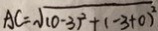
A C = \sqrt { ( 0 - 3 ) ^ { 2 } + ( - 3 + 0 ) ^ { 2 } }